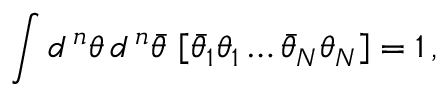
\int d ^ { \, n } \theta \, d ^ { \, n } \bar { \theta } \, \left[ \bar { \theta } _ { 1 } \theta _ { 1 } \dots \bar { \theta } _ { N } \theta _ { N } \right] = 1 \, ,